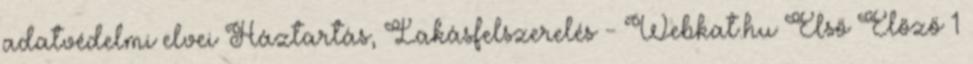
adatvédelmi elvei Háztartás, Lakásfelszerelés - Webkat.hu Első Előző 1